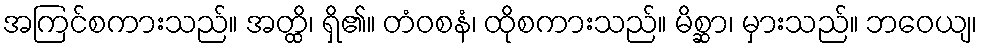
အကြင်စကားသည်။ အတ္ထိ၊ ရှိ၏။ တံဝစနံ၊ ထိုစကားသည်။ မိစ္ဆာ၊ မှားသည်။ ဘဝေယျ၊